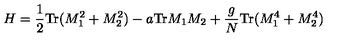
H = { \frac { 1 } { 2 } } \mathrm { T r } ( M _ { 1 } ^ { 2 } + M _ { 2 } ^ { 2 } ) - a \mathrm { T r } M _ { 1 } M _ { 2 } + { \frac { g } { N } } \mathrm { T r } ( M _ { 1 } ^ { 4 } + M _ { 2 } ^ { 4 } )